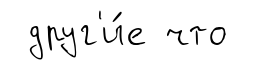
друг'и́е что